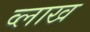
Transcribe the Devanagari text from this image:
व्लाख